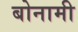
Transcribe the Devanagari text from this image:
बोनामी